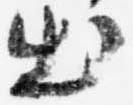
出